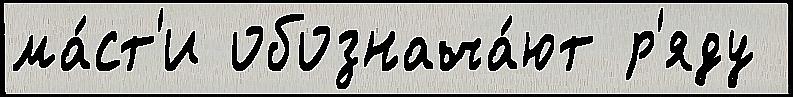
ма́ст'и обознача́ют р'яду